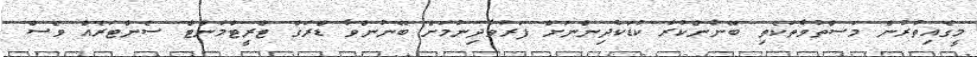
މީގެއިތުރުން މަސްތުވާތަކެތި ބޭނުންކުރާ ކުޑަކުދިންނަށް ފަރުވާދިނުމަށް ބޭނުންވާ ޑްރަގް ޓްރީޓްމަންޓް ސެންޓަރެއް ވެސް